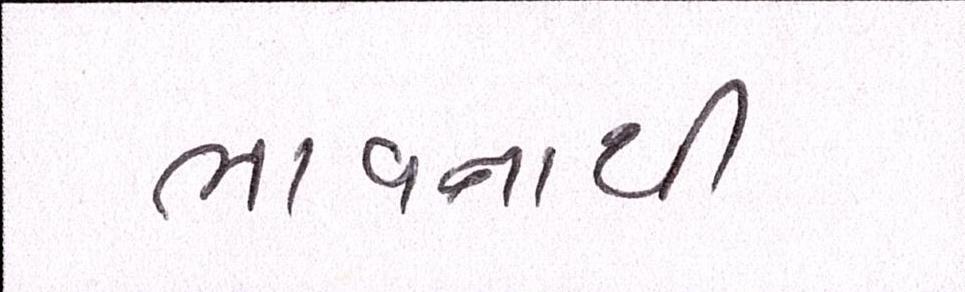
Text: ભાવનાથી